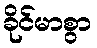
ခိုင်မာစွာ